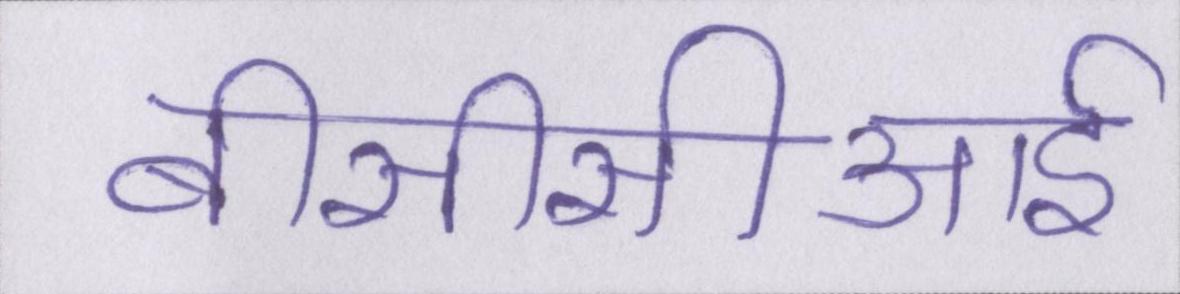
बीसीसीआई